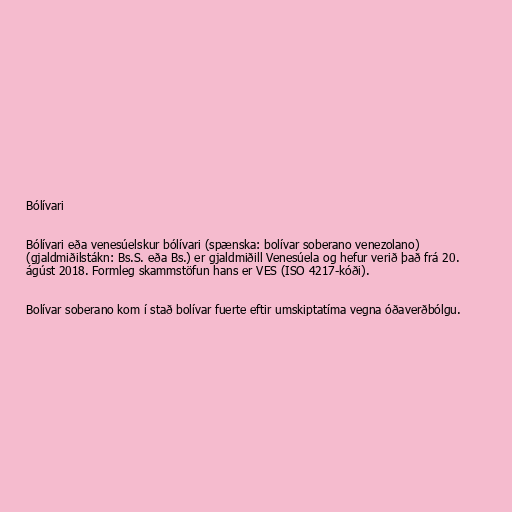
Bólívari

Bólívari eða venesúelskur bólívari (spænska: bolívar soberano venezolano)
(gjaldmiðilstákn: Bs.S. eða Bs.) er gjaldmiðill Venesúela og hefur verið það frá 20.
ágúst 2018. Formleg skammstöfun hans er VES (ISO 4217-kóði).

Bolívar soberano kom í stað bolívar fuerte eftir umskiptatíma vegna óðaverðbólgu.